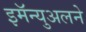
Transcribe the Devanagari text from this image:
इमॅन्युअलने